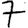
Digit: 7